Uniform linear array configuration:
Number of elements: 16
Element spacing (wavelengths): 0.75
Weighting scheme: kaiser
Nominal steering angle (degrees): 15
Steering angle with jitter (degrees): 14.412
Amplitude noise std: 0.05
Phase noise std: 0.05

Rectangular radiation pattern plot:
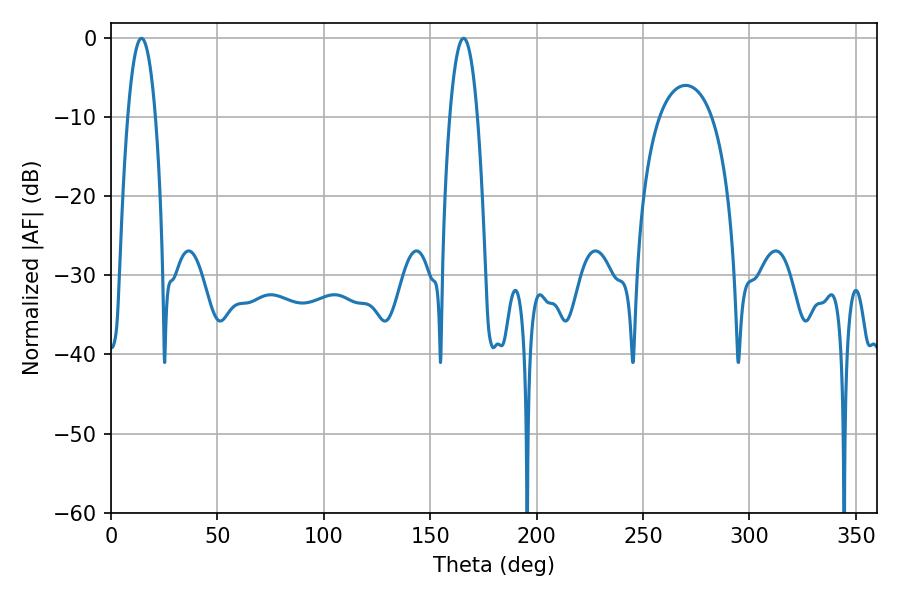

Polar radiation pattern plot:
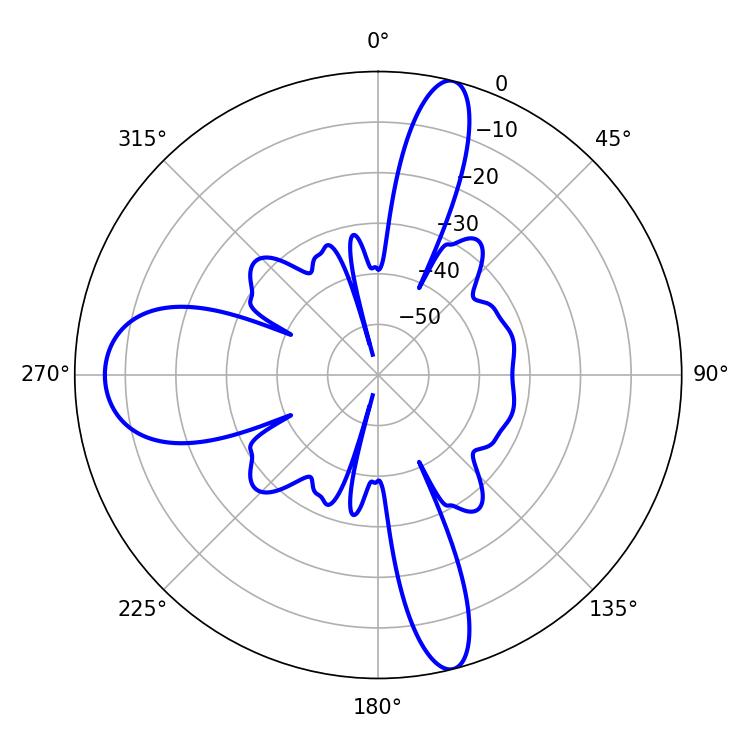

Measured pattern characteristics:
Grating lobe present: TRUE
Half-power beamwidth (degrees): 7.2
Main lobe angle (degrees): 14.4